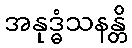
အနုဒ္ဓံသနန္တိ